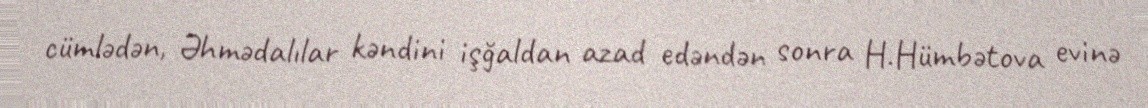
cümlədən, Əhmədalılar kəndini işğaldan azad edəndən sonra H.Hümbətova evinə